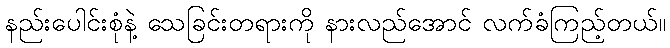
နည်းပေါင်းစုံနဲ့ သေခြင်းတရားကို နားလည်အောင် လက်ခံကြည့်တယ်။